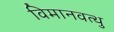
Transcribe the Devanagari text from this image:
विमानवत्थु